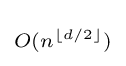
\scriptstyle O(n^{\lfloor d/2\rfloor })